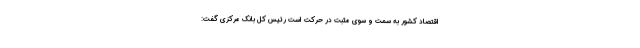
اقتصاد کشور به سمت و سوی مثبت در حرکت است رئیس کل بانک مرکزی گفت: